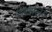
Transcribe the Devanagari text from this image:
रुग्‍णालय